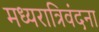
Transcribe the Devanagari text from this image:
मध्यरात्रिवंदना